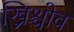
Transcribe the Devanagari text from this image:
ख्रिश्चोव